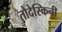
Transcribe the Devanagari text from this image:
तोदेस्किनी